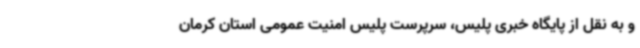
و به نقل از پایگاه خبری پلیس، سرپرست پلیس امنیت عمومی استان کرمان